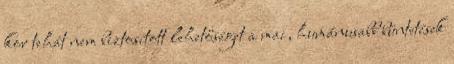
kor tehát nem biztosított lehetőséget a mai, humánusabb büntetések